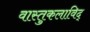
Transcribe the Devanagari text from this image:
वास्तुकलाविद्